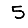
Digit: 5